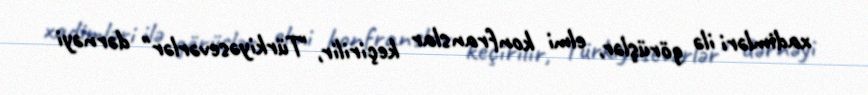
xadimləri ilə görüşlər, elmi konfranslar keçirilir, "Türkiyəsevərlər" dərnəyi